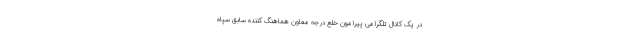
در یک کانال تلگرامی پیرامون خلع درجه معاون هماهنگ کننده سابق سپاه